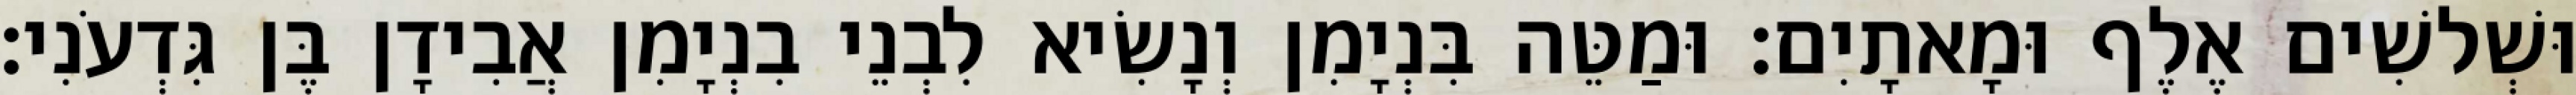
וּשְׁלשִׁים אֶלֶף וּמָאתָיִם׃ וּמַטֵּה בִּנְיָמִן וְנָשִׂיא לִבְנֵי בִנְיָמִן אֲבִידָן בֶּן גִּדְעֹנִי׃